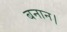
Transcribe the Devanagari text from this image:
बनान।